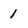
Character: 1